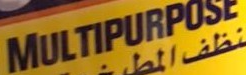
MULTIPURPOSE